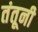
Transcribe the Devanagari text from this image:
तंतूनी